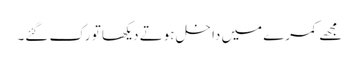
مجھے کمرے میں داخل ہوتے دیکھا تو رک گئے۔